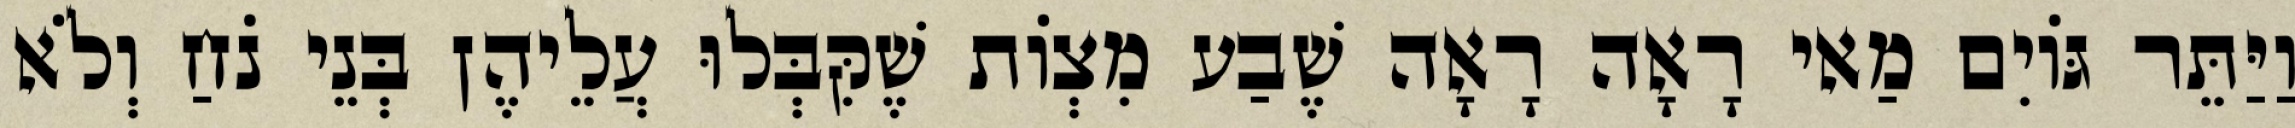
וַיַּתֵּר גּוֹיִם מַאי רָאָה רָאָה שֶׁבַע מִצְוֹת שֶׁקִּבְּלוּ עֲלֵיהֶן בְּנֵי נֹחַ וְלֹא